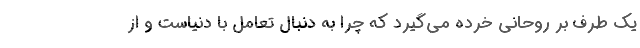
یک طرف بر روحانی خرده می‌گیرد که چرا به دنبال تعامل با دنیاست و از